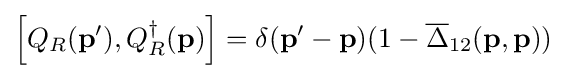
\left[Q_{R}(\mathbf {p} ^{\prime }),Q_{R}^{\dagger }(\mathbf {p} )\right]=\delta (\mathbf {p} ^{\prime }-\mathbf {p} )(1-{{\overline {\Delta }}_{12}}(\mathbf {p} ,\mathbf {p} ))